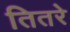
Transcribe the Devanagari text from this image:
तितरे